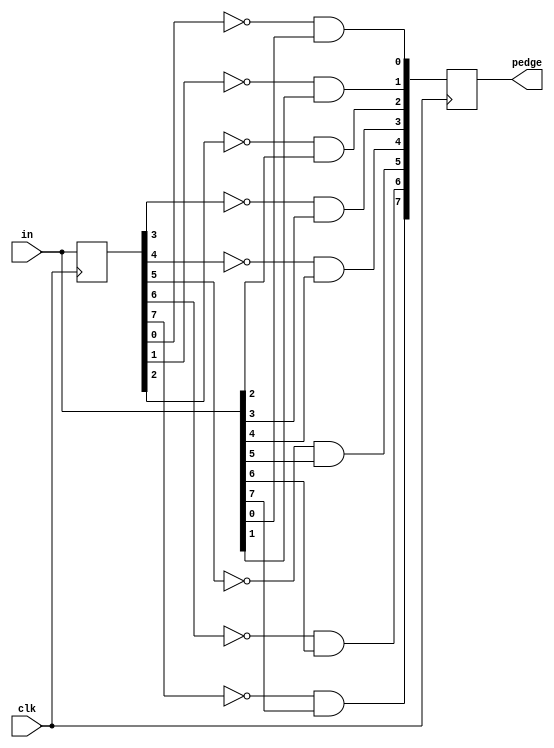
//For each bit in an 8-bit vector, detect when the input signal changes from 0 in one clock cycle to 1 the next (similar to positive edge detection).
//The output bit should be set the cycle after a 0 to 1 transition occurs.

//Here are some examples. For clarity, in[1] and pedge[1] are shown separately.

module top_module (
    input clk,
    input [7:0] in,
    output reg [7:0] pedge
);

    integer i;
    reg [7:0] q;
    
    always @(posedge clk) begin
        q <= in;

        for (i = 0; i < 8; i++) begin
            pedge[i] <= (q[i] == 0 & in[i] == 1);
        end
    end

endmodule